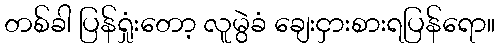
တစ်ခါ ပြန်ရှုံးတော့ လူမွဲခံ ချေးငှားစားရပြန်ရော။